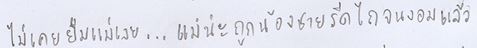
ไม่เคยยืมแม่เลย...แม่น่ะถูกน้องชายรีดไถจนงอมแล้ว